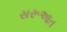
સરૂઆત